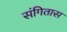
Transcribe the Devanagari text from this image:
संगितास